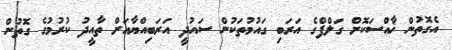
އެގޮތުން ޚާއްސަކޮށް ގަލްފްގެ އަރަބި ގައުމުތަކުން ސައުދީ އަރަބިއްޔާއަށް ތާއީދު ކުރުމުގެ ގޮތުން